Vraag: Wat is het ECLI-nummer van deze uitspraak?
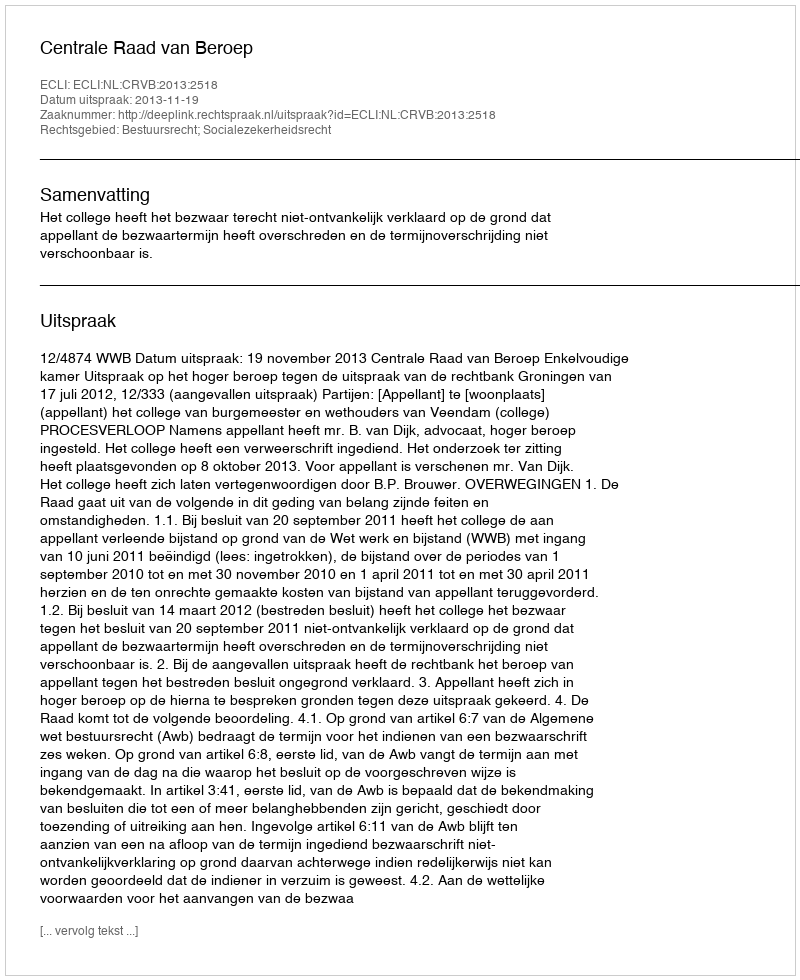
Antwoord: ECLI:NL:CRVB:2013:2518